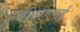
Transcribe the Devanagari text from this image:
सीएएमई